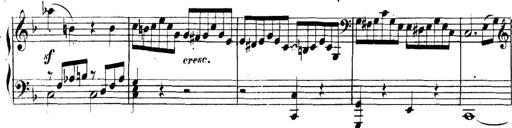
Title: Collected Piano Sonatas
Composer: Muzio Clementi